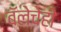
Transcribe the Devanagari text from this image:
बॅलेचेही